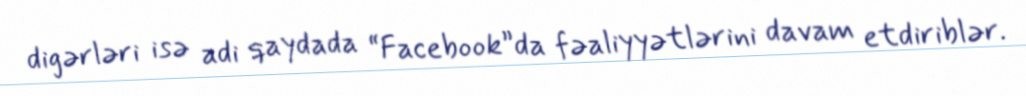
digərləri isə adi qaydada “Facebook”da fəaliyyətlərini davam etdiriblər.